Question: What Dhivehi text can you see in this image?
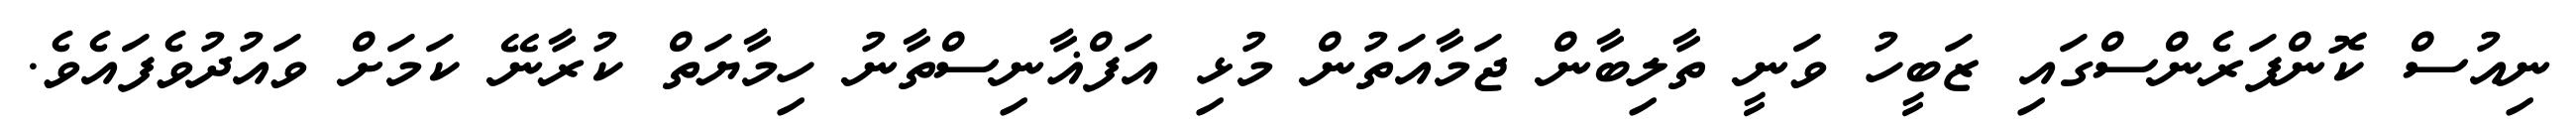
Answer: ނިއުސް ކޮންފަރެންސްގައި ޒަބީހު ވަނީ ތާލިބާން ޖަމާއަތުން މުޅި އަފްޣާނިސްތާނު ހިމާޔަތް ކުރާނޭ ކަމަށް ވައުދުވެފައެވެ.